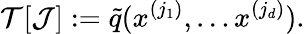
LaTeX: \mathcal{T}[\mathcal{J}]:=\tilde{q}(x^{(j_{1})},\ldots x^{(j_{d})}).